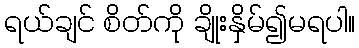
ရယ်ချင် စိတ်ကို ချိုးနှိမ်၍မရပါ။